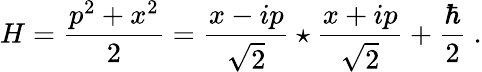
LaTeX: H={\frac{p^{2}+x^{2}}{2}}=\frac{x-ip}{\sqrt{2}}\star\frac{x+ip}{\sqrt{2}}+{\frac{\hbar}{2}}~.